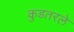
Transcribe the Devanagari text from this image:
कुडतरले